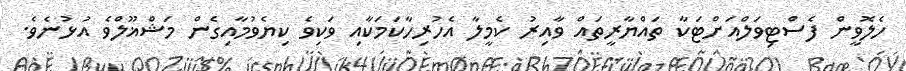
ހެލޮވީން ފެސްޓިވަލްއަށްޓަކާ ތައްޔާރީތައް ވާއިރު ކެމީލާ އެހުރިހާކަމަކާއި ވަކިވެ ކިޔެވުމާއިގެން މަޝްޣޫލްވެ އުޅުނެވެ.